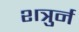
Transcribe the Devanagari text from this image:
शत्रुर्न